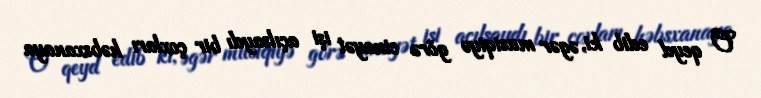
O qeyd edib ki, əgər musiqiyə görə cinayət işi açılsaydı bir çoxları həbsxanaya